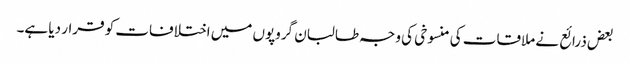
بعض ذرائع نے ملاقات کی منسوخی کی وجہ طالبان گروپوں میں اختلافات کو قرار دیا ہے۔